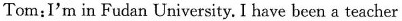
om:I'm in Fudan University, I have been a teacher